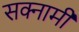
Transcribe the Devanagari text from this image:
सक्नामी